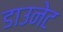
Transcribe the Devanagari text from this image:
डाउनेट